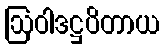
ဩဝါဒဋ္ဌပိတာယ